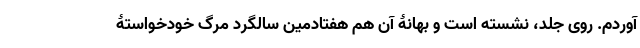
آوردم. روی جلد، نشسته است و بهانۀ آن هم هفتادمین سالگرد مرگ خود‌خواستۀ